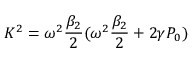
K ^ { 2 } = \omega ^ { 2 } \frac { \beta _ { 2 } } { 2 } ( \omega ^ { 2 } \frac { \beta _ { 2 } } { 2 } + 2 \gamma P _ { 0 } )